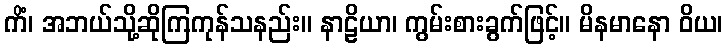
ကိံ၊ အဘယ်သို့ဆိုကြကုန်သနည်း။ နာဠိယာ၊ ကွမ်းစားခွက်ဖြင့်။ မိနမာနော ဝိယ၊